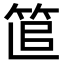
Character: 𥭱